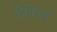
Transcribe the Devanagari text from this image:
प्रिपेअर